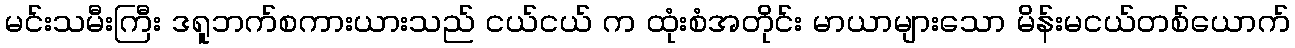
မင်းသမီးကြီး ဒရူဘက်စကားယားသည် ငယ်ငယ် က ထုံးစံအတိုင်း မာယာများသော မိန်းမငယ်တစ်ယောက်